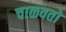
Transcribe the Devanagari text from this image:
चाळवतो